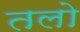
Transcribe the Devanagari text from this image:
तलो